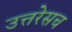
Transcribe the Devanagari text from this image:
उत्तरेसच